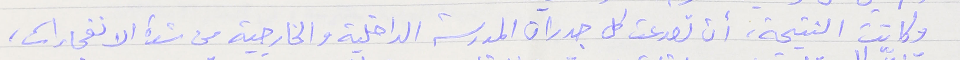
وكانت النتيجة، أن تصدعت كل جدران المدرسة الداخلية والخارجية من شدة الانفجارات،